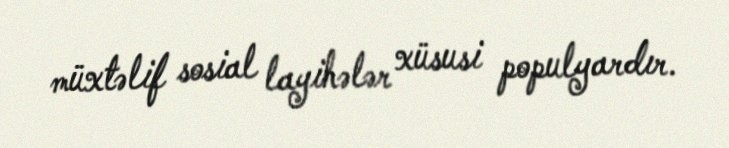
müxtəlif sosial layihələr xüsusi populyardır.